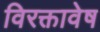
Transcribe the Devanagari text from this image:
विरक्तावेष